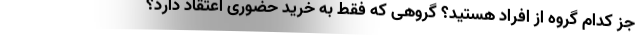
جز کدام گروه از افراد هستید؟ گروهی که فقط به خرید حضوری اعتقاد دارد؟